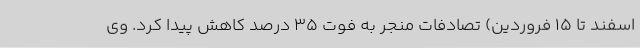
اسفند تا 15 فروردین) تصادفات منجر به فوت 35 درصد کاهش پیدا کرد. وی